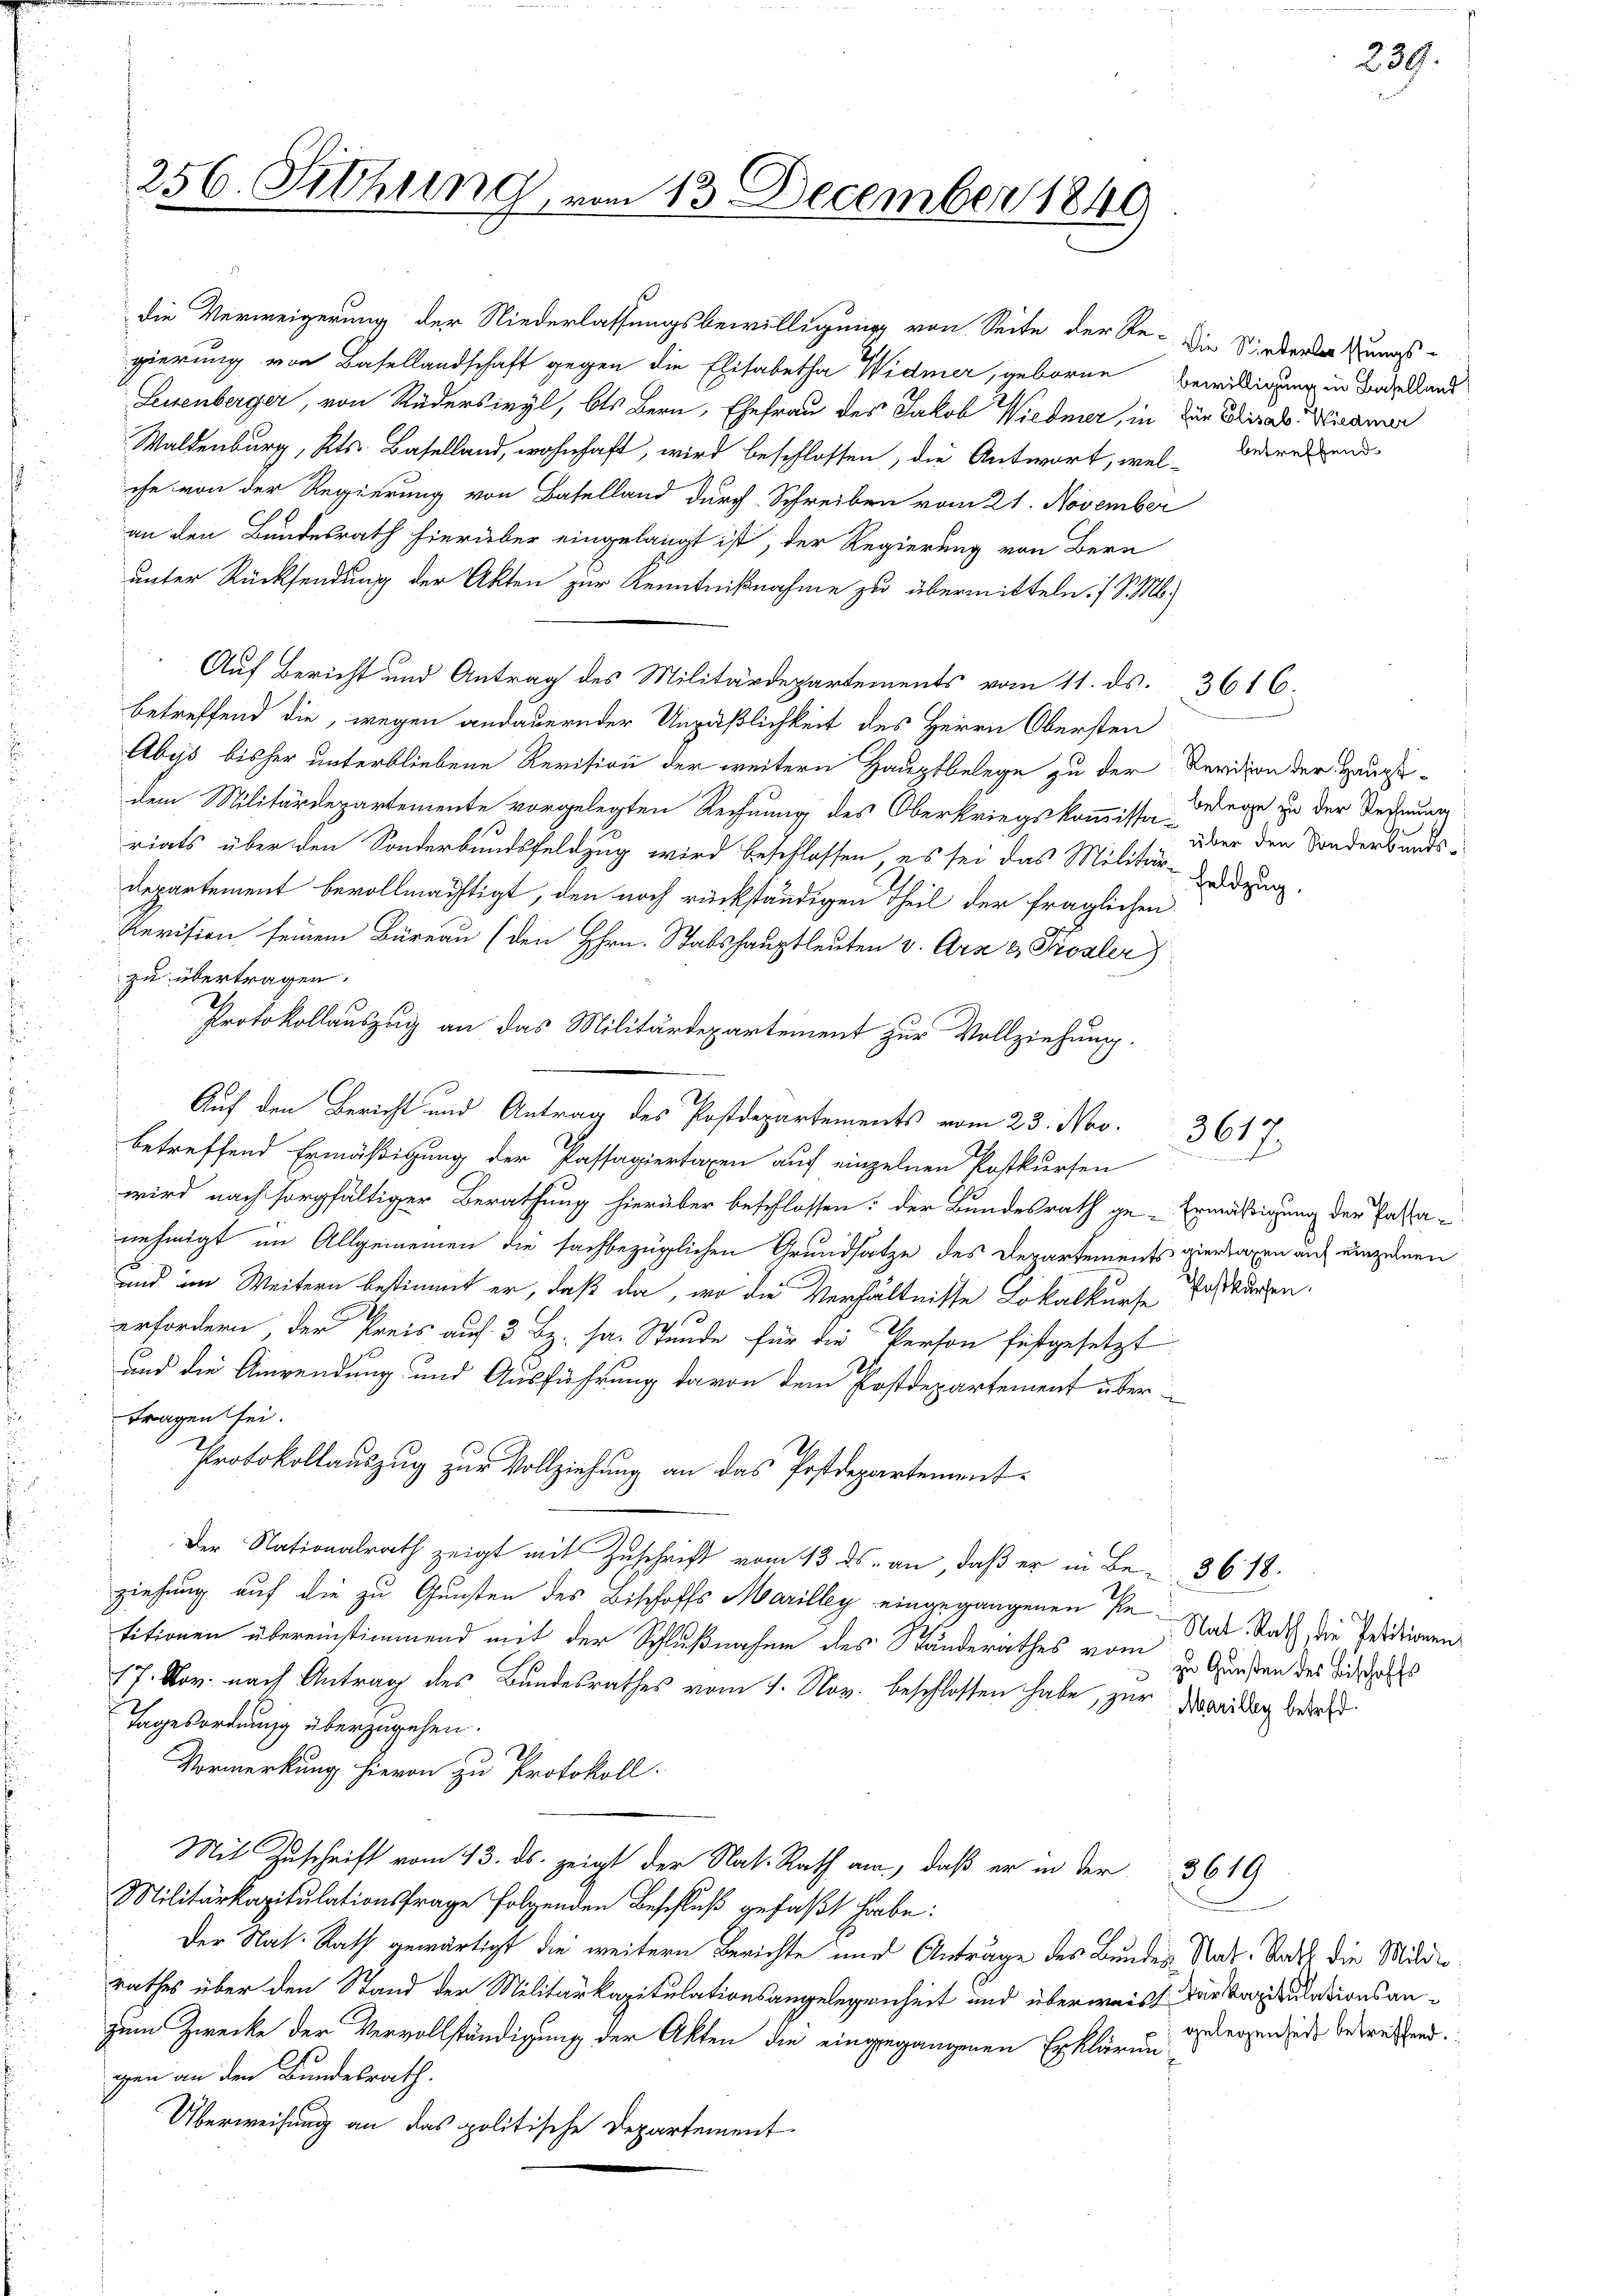
256. Sitzung, vom 13. December 1840

die Verweigerung der Niederlassungsbewilligung von Seite der Re- Die Niederlaßungs-
gierung von Basellandschaft gegen die Elisabetha Widmer, geboren Bewilligung in Tadelland
Leisenberger, von Rüderswyl, bis Bern, Ehefrau des Jakob Wiedmer, in der Elisab. Wiramer
Waldenburg, Kts. Baselland, wohnhaft, wird beschlossen, die Antwort, wel-
che von der Regierung von Baselland durch Schreiben vom 21. November
an den Bundesrath hierüber eingelangt ist, der Regierung von Bern
unter Rücksendung der Akten zur Kenntnißnahme zu übermitteln. I S. M.)
Auf Bericht und Antrag des Militärdepartements vom 11. ds. 3616.
betreffend die, wegen andauernder Unpäßlichkeit des Herrn Obersten
Abys bisher unterbliebene Revision der weitern Hauptbelege zu der Revision der Hauptdem Militärdepartemente vorgelegten Rechnung des Oberkriegskommissa der den Sonderbands-
riats über den Sonderbundsfeldzug wird beschlossen, es sei das Militär-Geldzug.
departement bevollmächtigt, den noch rückständigen Theil der fraglichen
Revision seinem Büreau (den Hrn. Stabshauptleuten v. Arz & Prosler)
zu übertragen.
Protokollauszug an das Militärdepartement zur Vollziehung.
betreffend Ermäßigung der Passagiertaxen auf einzelnen Kostkursen
wird nach sorgfältiger Berathung hierüber beschlossen: der Bundesrath ge-Ermäßigung der Passa-
nehmigt im Allgemeinen die fachbezüglichen Grundsatze des Departements viertagen auf einzelnen
und im Weitern bestimmt er, daß da, wo die Verhältnisse Lokalkurse Postkurzen.
erfordern der Preis auf 3 Bz. ha. Stunde für die Person festgesetzt
und die Anwendung und Ausführung davon dem Postdepartement übertragen sei.
Protokollauszug zur Vollziehung an das Postdepartement¬
Der Nationalrath zeigt mit Zuschrift vom 13. ds. an, daß er in Be-3618.
ziehung auf die zu Gunsten des Bischoffs Marilly eingegangenen Petitionen übereinstimmend mit der Schlußnahme des Standerathes vom 2. Gunsten des sich das
17. Nov. nach Antrag des Bundesrathes vom 1. Nov. beschlossen habe, zur Waridig bereit
Tagesordnung überzugehen.
Vormerkung hievon zu Protokoll.
Mit Zuschrift vom 13. ds. zeigt der Nat. Rath an, daß er in der 3619
Militärkapitulationsfrage folgenden Beschluß gefaßt habe:
Der Nat. Rath gewärtigt die weitern Berichte und Anträge des Bunden Rat. Nacht die Milderrathes über den Stand der Militärkapitulationsangelegenheit und überweist der Vorzulationsanzum Zwecke der Vervollständigung der Akten die eingegangenen Erklärungen an den Bundesrath.
Überweisung an das politische Departement

Auf den Bericht und Antrag des Postdepartements vom 23. Nov.

betreffend

belege zu der Rechnung

3614
.

239.

Nat. Rath, die Petitionen

gelegenheit betreffend.